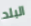
البلد